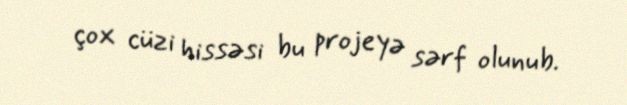
çox cüzi hissəsi bu projeyə sərf olunub.